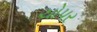
ચોપર